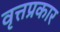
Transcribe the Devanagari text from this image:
वृत्तप्रकार